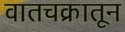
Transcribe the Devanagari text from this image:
वातचक्रातून